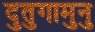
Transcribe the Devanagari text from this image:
दुतुगामुनु